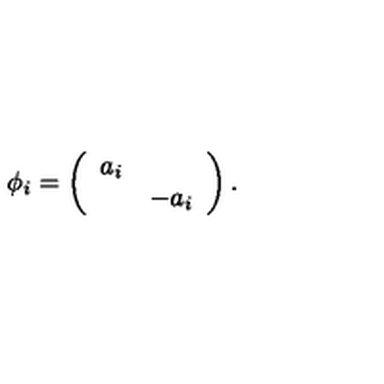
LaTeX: \phi _ { i } = \left( \begin{array} { c c } { a _ { i } } & { } \\ { } & { - a _ { i } } \\ \end{array} \right) .